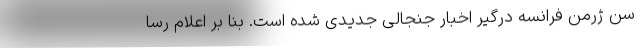
سن ژرمن فرانسه درگیر اخبار جنجالی جدیدی شده است. بنا بر اعلام رسا